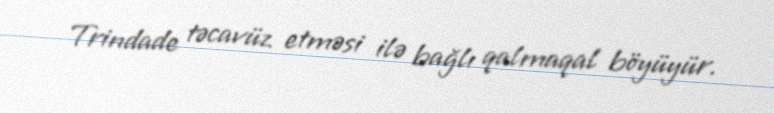
Trindade təcavüz etməsi ilə bağlı qalmaqal böyüyür.